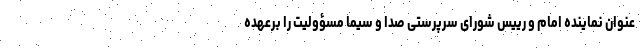
عنوان نماینده امام و رییس شورای سرپرستی صدا و سیما مسؤولیت را برعهده